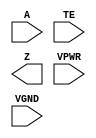
module sky130_fd_sc_hs__einvp (
    A   ,
    TE  ,
    Z   ,
    VPWR,
    VGND
);

    input  A   ;
    input  TE  ;
    output Z   ;
    input  VPWR;
    input  VGND;
endmodule